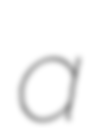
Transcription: a